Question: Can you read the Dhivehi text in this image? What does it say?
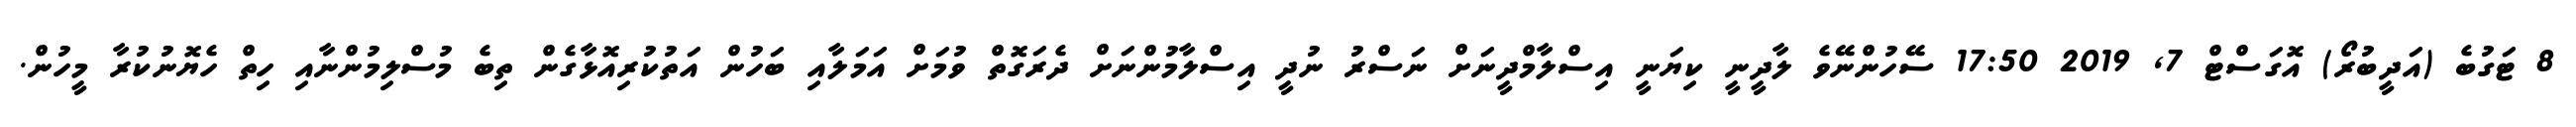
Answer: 8 ޓަގުބެ (އަދީބުރޯ) އޮގަސްޓް 7, 2019 17:50 ސޭހުންނޭވެ ލާދީނީ ކިޔަނީ އިސްލާމްދީނަށް ނަސްރު ނުދީ އިސްލާމުންނަށް ދެރަގޮތް ވުމަށް އަމަލާއި ބަހުން އަތުކުރިއޮޅާގެން ތިބެ މުސްލިމުންނާއި ހިތް ހެޔޮނުކުރާ މީހުން.